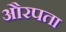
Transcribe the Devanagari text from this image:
औरपता